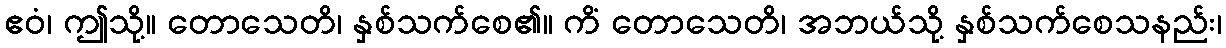
ဧဝံ၊ ဤသို့။ တောသေတိ၊ နှစ်သက်စေ၏။ ကိံ တောသေတိ၊ အဘယ်သို့ နှစ်သက်စေသနည်း၊